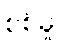
စစ်မှု